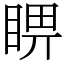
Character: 睤